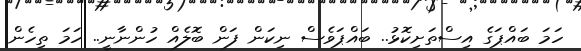
ހަމަ ބައްޕަގެ އިސްތަށިކޮޅު.. ބައްޕަވެސް ނިކަން ފަން ބޮލެއް ހުންނާނީ.. ހަމަ ތިހެން.